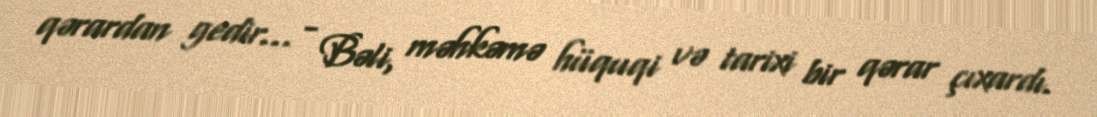
qərardan gedir... - Bəli, məhkəmə hüquqi və tarixi bir qərar çıxardı.